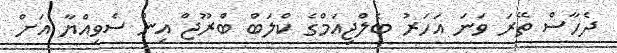
ދެހާސް ތޭރަ ވަނަ އަހަރު ބެލްޖިއަމްގެ ކްލަބް ބްރޫޖް އިން ސެވިއްޔާ އަށް